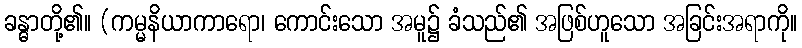
ခန္ဓာတို့၏။ (ကမ္မနိယာကာရော၊ ကောင်းသော အမူ၌ ခံသည်၏ အဖြစ်ဟူသော အခြင်းအရာကို။